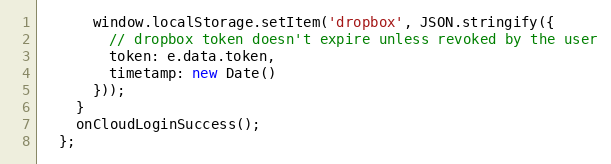
Language: JavaScript
      window.localStorage.setItem('dropbox', JSON.stringify({
        // dropbox token doesn't expire unless revoked by the user
        token: e.data.token,
        timetamp: new Date()
      }));
    }
    onCloudLoginSuccess();
  };